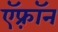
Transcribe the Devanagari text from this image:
ऍफ़्रॉन